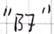
Text: "B7"